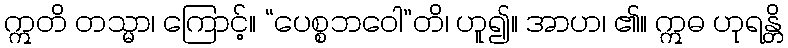
ဣတိ တသ္မာ၊ ကြောင့်။ “ပေစ္စဘဝေါ”တိ၊ ဟူ၍။ အာဟ၊ ၏။ ဣဓ ဟုရန္တိ